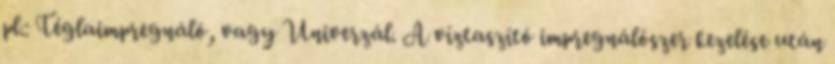
pl.: Téglaimpregnáló, vagy Univerzál. A víztaszító impregnálószer kezelése után